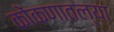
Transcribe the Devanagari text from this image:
कोंकणातल्या